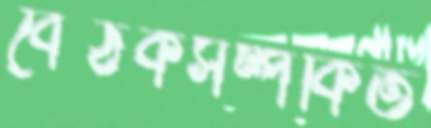
বৈঠকসম্পর্কিত